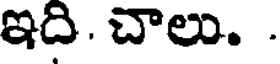
ఇది. చాలు. .